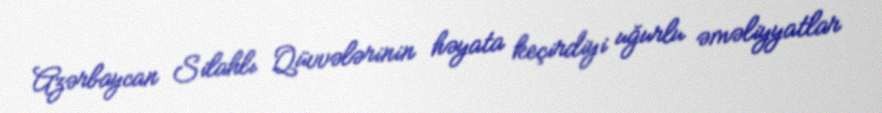
Azərbaycan Silahlı Qüvvələrinin həyata keçirdiyi uğurlu əməliyyatlar